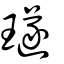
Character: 璲